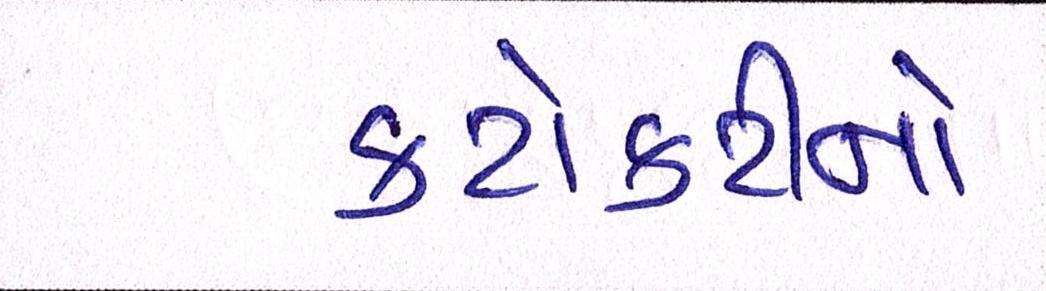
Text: કટોકટીનો